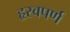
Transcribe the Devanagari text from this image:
हृस्वपर्ण